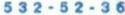
532-52-36